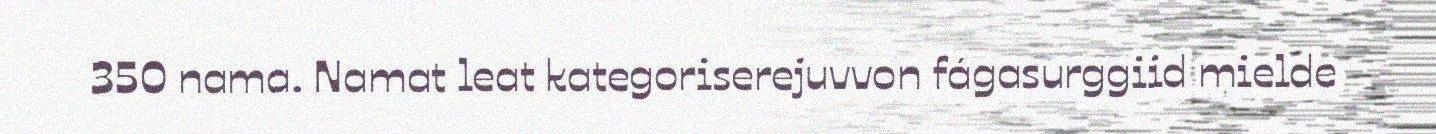
350 nama. Namat leat kategoriserejuvvon fágasurggiid mielde